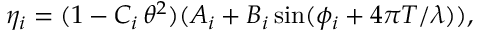
\eta _ { i } = ( 1 - C _ { i } \, \theta ^ { 2 } ) ( A _ { i } + B _ { i } \sin ( \phi _ { i } + 4 \pi T / \lambda ) ) ,